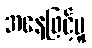
အနေဖြင့်မူ